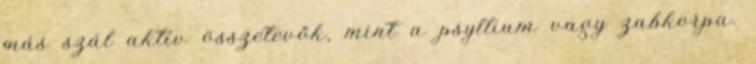
más szál aktív összetevők, mint a psyllium vagy zabkorpa.